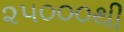
૨૫૦૦૦થી